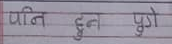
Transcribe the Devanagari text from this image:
पानी हुन पुगे